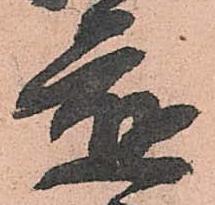
應